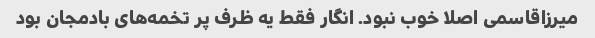
میرزاقاسمی اصلا خوب نبود. انگار فقط یه ظرف پر تخمه‌های بادمجان بود